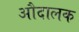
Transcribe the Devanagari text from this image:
औदालक